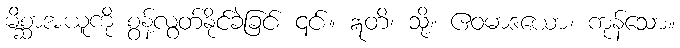
မိစ္ဆာအယူကို စွန့်လွတ်နိုင်ခဲခြင်း ၎င်း။ ဣတိ၊ သို့။ ဧဝမာဒယော၊ ကုန်သော။